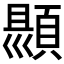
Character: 𮨑